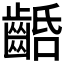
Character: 𪘢